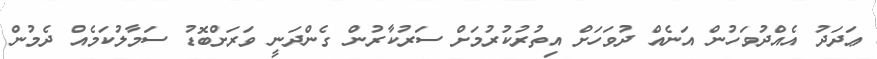
ޢަދަދު އެއްދުވަހުން އަނެއް ދުވަހަށް އިތުރުކުރުމަށް ސަރުކާރުން ގެންދަނީ ވަރަށްބޮޑު ސަމާލުކަމެއް ދެމުން